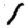
Digit: 1